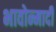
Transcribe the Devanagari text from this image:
भावोन्मादी